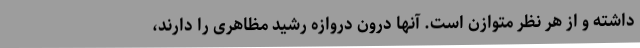
داشته و از هر نظر متوازن است. آنها درون دروازه رشید مظاهری را دارند،